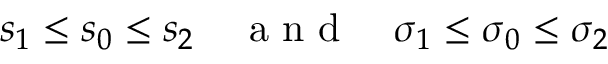
s _ { 1 } \leq s _ { 0 } \leq s _ { 2 } \quad \mathrm { ~ a ~ n ~ d ~ } \quad \sigma _ { 1 } \leq \sigma _ { 0 } \leq \sigma _ { 2 }